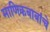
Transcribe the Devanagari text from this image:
माणिकबाबांचे